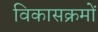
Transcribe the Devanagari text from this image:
विकासक्रमों